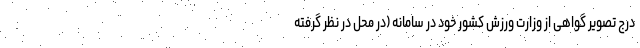
درج تصویر گواهی از وزارت ورزش کشور خود در سامانه (در محل در نظر گرفته